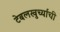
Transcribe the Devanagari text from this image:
टेबलखुर्च्यांची